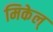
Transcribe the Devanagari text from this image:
मिकेल्